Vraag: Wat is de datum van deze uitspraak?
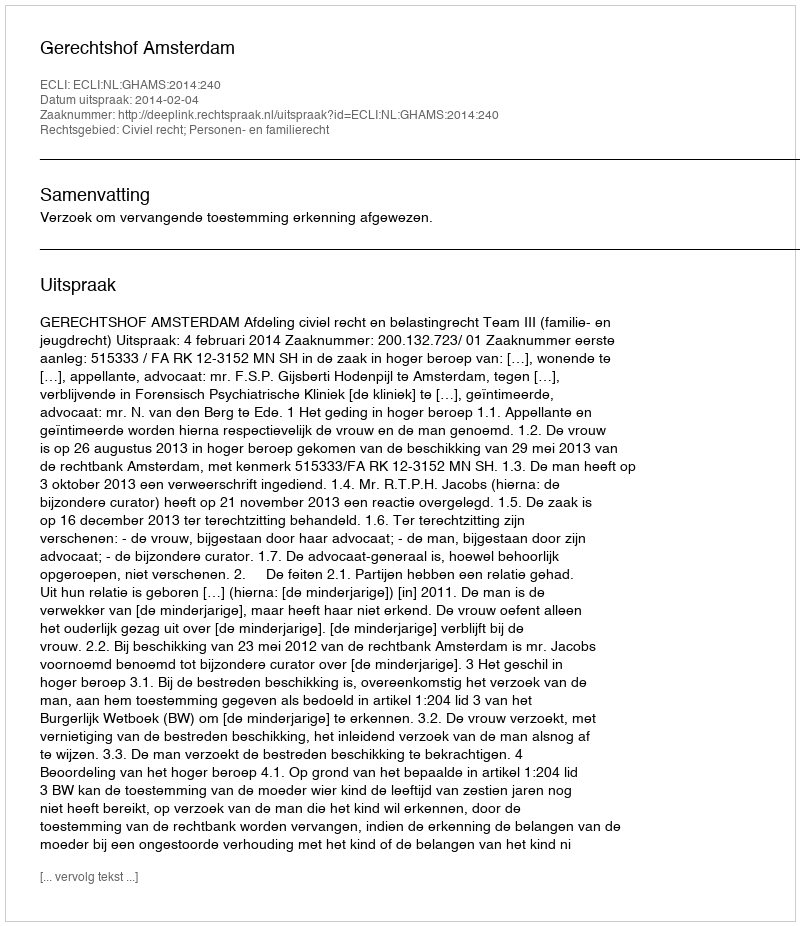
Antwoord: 2014-02-04